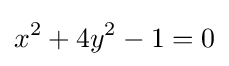
x^{2}+4y^{2}-1=0